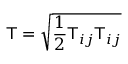
\mathsf { T } = \sqrt { \frac { 1 } { 2 } \mathsf { T } _ { i j } \mathsf { T } _ { i j } }